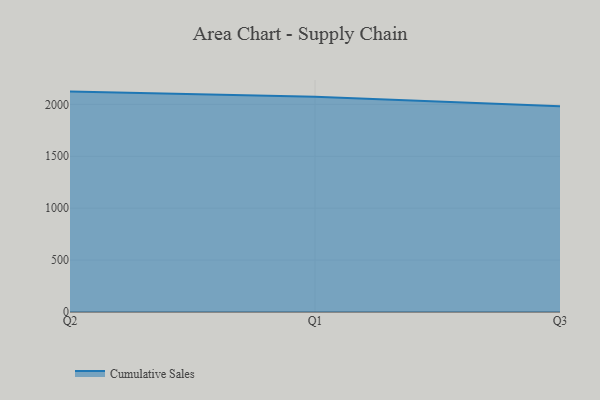
{"axis": {"x": "Quarter", "y": "Customer Acquisition Cost (USD)"}, "legend": ["Cumulative Sales"], "data": [{"x": "Q2", "y": 2123.1, "type": "Cumulative Sales"}, {"x": "Q1", "y": 2074.0, "type": "Cumulative Sales"}, {"x": "Q3", "y": 1982.2, "type": "Cumulative Sales"}]}